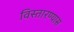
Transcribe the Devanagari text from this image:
विस्तारण्यास